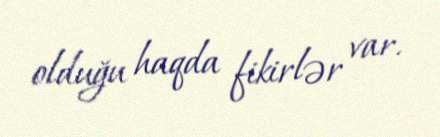
olduğu haqda fikirlər var.